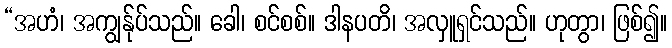
“အဟံ၊ အကျွန်ုပ်သည်။ ခေါ၊ စင်စစ်။ ဒါနပတိ၊ အလှူရှင်သည်။ ဟုတွာ၊ ဖြစ်၍။